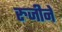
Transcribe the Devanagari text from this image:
रुजीने